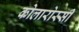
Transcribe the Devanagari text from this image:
कोलारोस्सी